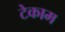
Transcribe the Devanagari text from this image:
टेकाम